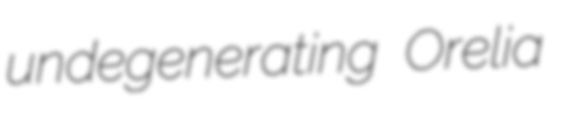
undegenerating Orelia